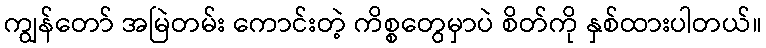
ကျွန်တော် အမြဲတမ်း ကောင်းတဲ့ ကိစ္စတွေမှာပဲ စိတ်ကို နှစ်ထားပါတယ်။